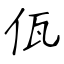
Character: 佤